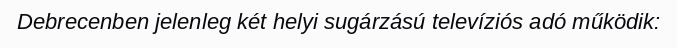
Debrecenben jelenleg két helyi sugárzású televíziós adó működik: